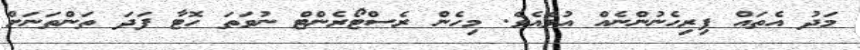
މަދު އެތައް ފިރިހެނުންނެއް އުޅެއެވެ. މިހެން ރެސްޓޯރެންޓް ނުވަތަ ހޮޓާ ފަދަ ތަންތަނަށް